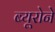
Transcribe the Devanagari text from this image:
ब्यूरोने